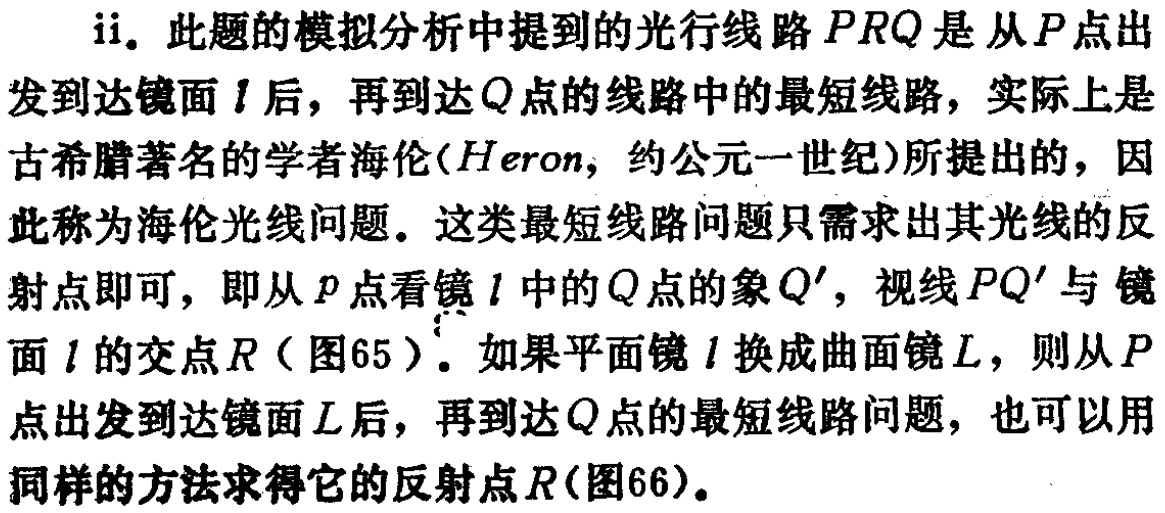
ii. 此题的模拟分析中提到的光行线路 \(PRQ\) 是从 \(P\) 点出发到达镜面 \(l\) 后，再到达 \(Q\) 点的线路中的最短线路，实际上是古希腊著名的学者海伦(\(Heron\)，约公元一世纪)所提出的，因此称为海伦光线问题。这类最短线路问题只需求出其光线的反射点即可，即从 \(P\) 点看镜 \(l\) 中的 \(Q\) 点的象 \(Q'\)，视线 \(PQ'\) 与 镜面 \(l\) 的交点 \(R\)（图65）。如果平面镜 \(l\) 换成曲面镜 \(L\)，则从 \(P\) 点出发到达镜面 \(L\) 后，再到达 \(Q\) 点的最短线路问题，也可以用同样的方法求得它的反射点 \(R\)(图66)。